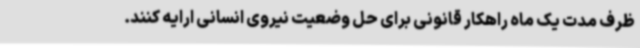
ظرف مدت یک ماه راهکار قانونی برای حل وضعیت نیروی انسانی ارایه کنند.